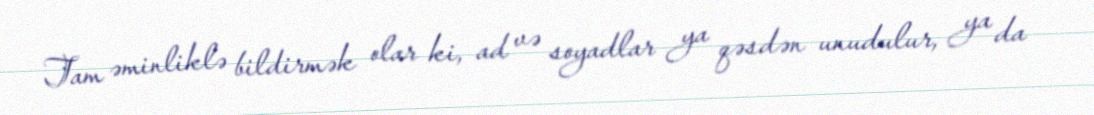
Tam əminliklə bildirmək olar ki, ad və soyadlar ya qəsdən unudulur, ya da